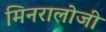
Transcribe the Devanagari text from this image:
मिनरालोजी